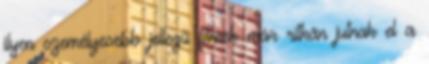
ilyen személyesebb jellegű filmek már ritkán jutnak el a